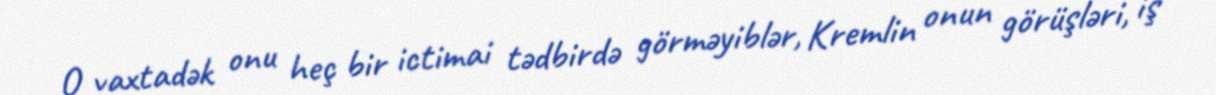
O vaxtadək onu heç bir ictimai tədbirdə görməyiblər, Kremlin onun görüşləri, iş